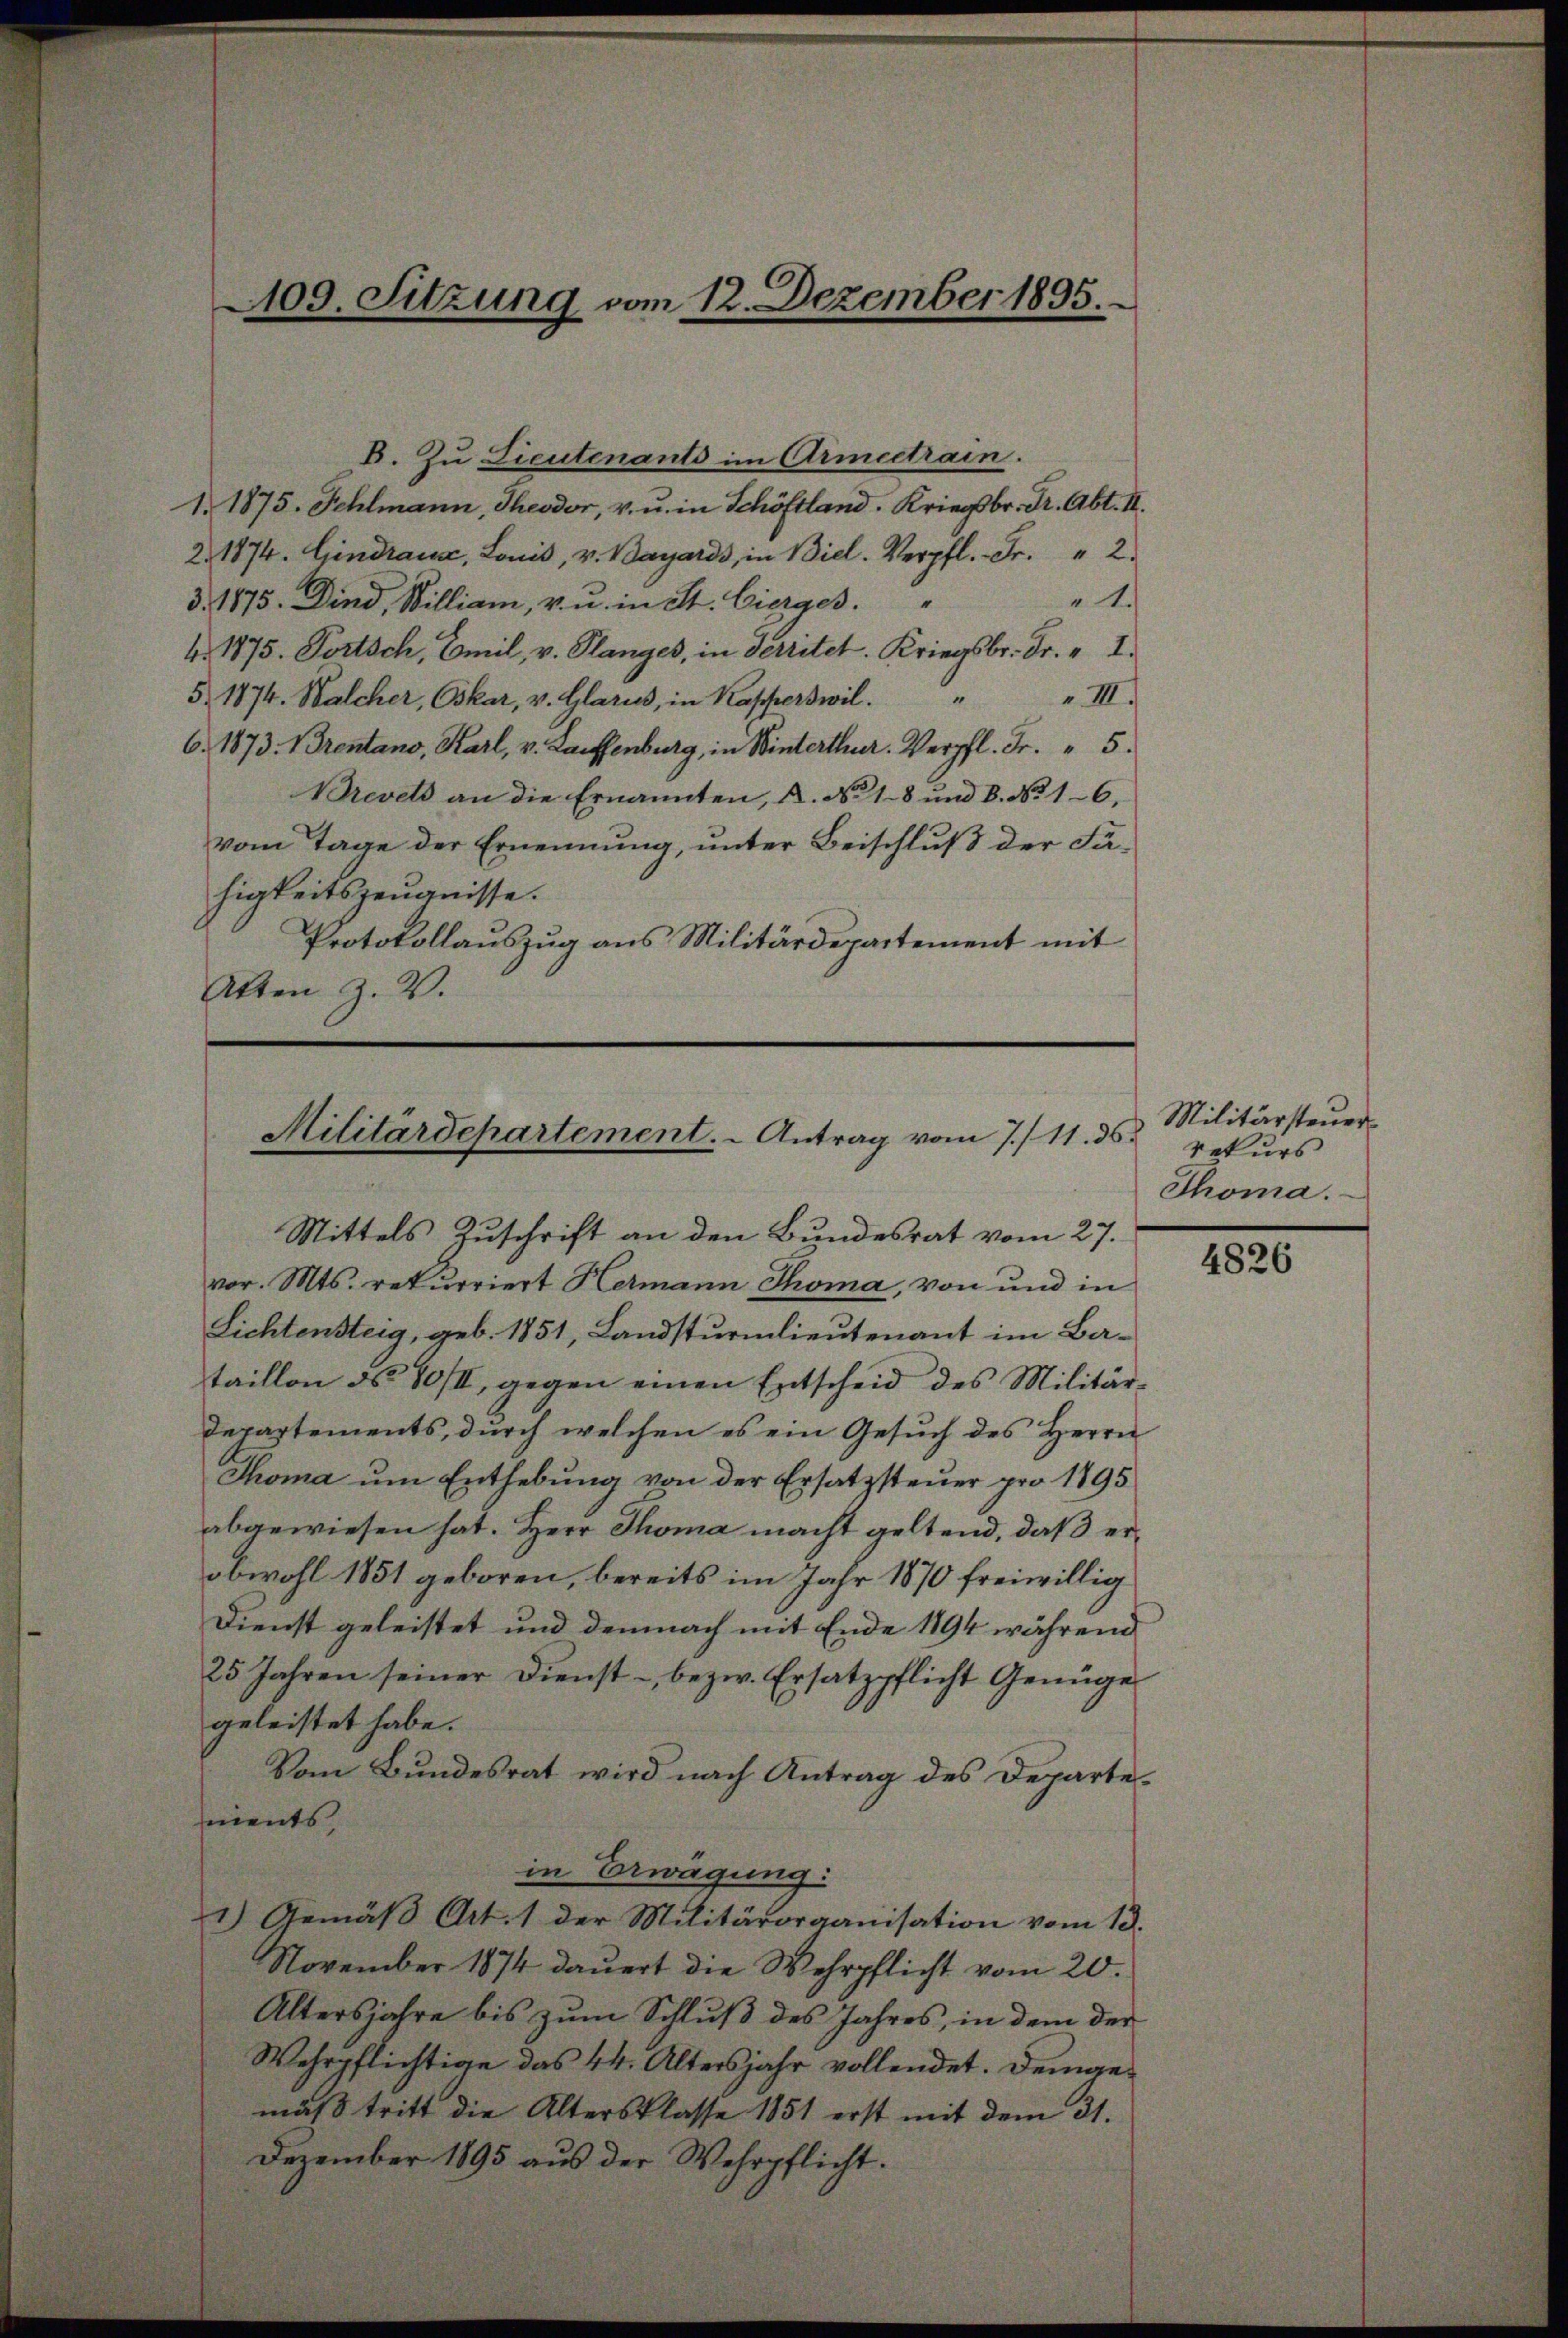
109. Sitzung vom 12. Dezember 1895.

Militärdepartement. - Antrag vom 7./11. ds.

B. Zu Lieutenants im Armeetrain.
1. 1875. Fehlmann, Theodor, v. u. in Schöftland. Kriegsbr. Dr. Abt. II.
2. 1874. Gindraus, Lonis, v. Bayards, in Biel. Verpfl. Fr. 2
4.
3. 1875. Dind, William, v. u. in St. Gierges.
4. 1875. Fortsch, Emil, v. Planges, in Territet. Kriegsbr. Fr. 1.
v III.
5. 1874. Walcher, Oskar, v. Glarus, in Kapperswil.
.
6. 1873. 1 Prentano, Karl, v. Lauffenburg, in Winterthur. Verpfl. Fr. 5.
Brevets an die Ernannten, A. No. 18 und 8. No 16.
vom Tage der Ernennung, unter Beischluß der Fahigkeitszeugnisse.
Protokollauszug aus Militärdepartement mit
Akten Z. V.

Mittels Zuschrift an den Bundesrat vom 27.
vor. Mts. rekurriert Hermann Thoma, von und in
Lichtensteig, geb. 1851, Landsturmlieutenant im Bataillon ds 80/II, gegen einen Entscheid des Militär¬
Departements, durch welchen es ein Gesuch des Herrn
Thoma um Enthebŭng von der Ersatzsteuer pro 1895
abgewiesen hat. Herr Thoma macht geltend, daß erobwohl 1851 geboren, bereits im Jahr 1870 freiwillig
Dienst geleistet und demnach mit Ende 1894 während
25 Jahren seiner Dienst- bezw. Ersatzpflicht Genüge
geleistet habe.
Vom Bundesrat wird nach Antrag des Departements,
in Erwägung:
1) Gemäβ Art. 1 der Militärorganisation vom 13.
November 1874 dauert die Wehrpflicht vom 20.
Altersjahre bis zum Schluß des Jahres, in dem der
Wehrpflichtige das 44. Altersjahr vollendet. Demgemäß tritt die Altersklasse 1851 erst mit dem 31.
Dezember 1895 aus der Wehrpflicht.

Militärsteuer
rekurs
Thoma.

4826